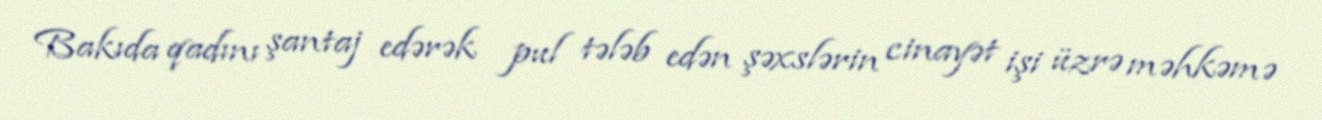
Bakıda qadını şantaj edərək pul tələb edən şəxslərin cinayət işi üzrə məhkəmə